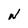
Character: N